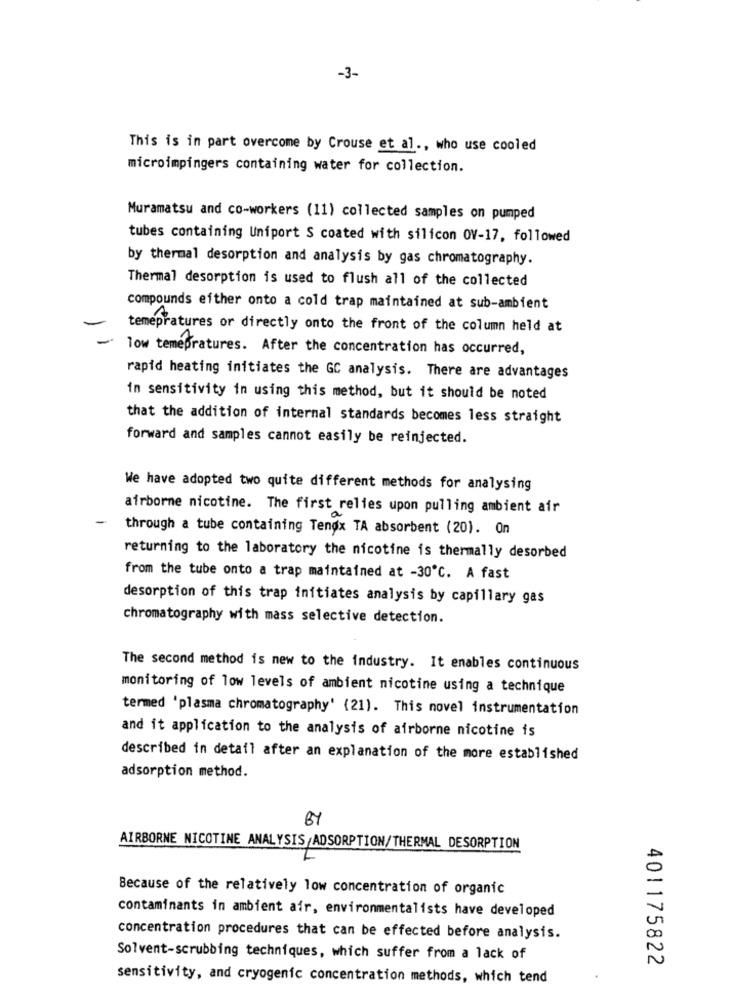
-3-
This is in part overcome by Crouse et al ., who use cooled
microimpingers containing water for collection.
Muramatsu and co-workers (11) collected samples on pumped
tubes containing Uniport S coated with silicon OV-17, followed
by thermal desorption and analysis by gas chromatography.
Thermal desorption is used to flush all of the collected
compounds either onto a cold trap maintained at sub-ambient
temepratures or directly onto the front of the column held at
low temepratures. After the concentration has occurred,
rapid heating initiates the GC analysis. There are advantages
in sensitivity in using this method, but it should be noted
that the addition of internal standards becomes less straight
forward and samples cannot easily be reinjected.
We have adopted two quite different methods for analysing
airborne nicotine. The first relies upon pulling ambient air
-
through a tube containing Tendx TA absorbent (20). On
returning to the laboratory the nicotine is thermally desorbed
from the tube onto a trap maintained at -30℃. A fast
desorption of this trap initiates analysis by capillary gas
chromatography with mass selective detection.
The second method is new to the industry. It enables continuous
monitoring of low levels of ambient nicotine using a technique
termed 'plasma chromatography' (21). This novel instrumentation
and it application to the analysis of airborne nicotine is
described in detail after an explanation of the more established
adsorption method.
60
AIRBORNE NICOTINE ANALYSIS/ADSORPTION/THERMAL DESORPTION
Because of the relatively low concentration of organic
contaminants in ambient air, environmentalists have developed
concentration procedures that can be effected before analysis.
20
Solvent-scrubbing techniques, which suffer from a lack of
N
401175822
sensitivity, and cryogenic concentration methods, which tend